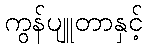
ကွန်ပျူတာနှင့်